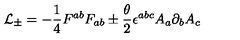
{ \cal L } _ { \pm } = - { \frac { 1 } { 4 } } { F ^ { a b } F _ { a b } } \pm { \frac { { \theta } } { 2 } } { \epsilon } ^ { a b c } A _ { a } { \partial } _ { b } A _ { c }